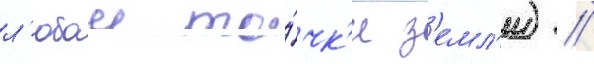
л'юбои то́чк'и з'емл'и) //